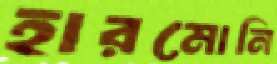
হারমোনি